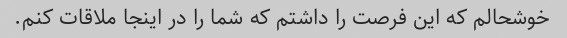
خوشحالم که این فرصت را داشتم که شما را در اینجا ملاقات کنم.